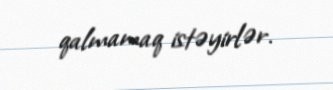
qalmamaq istəyirlər.